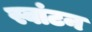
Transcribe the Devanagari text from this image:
स्वांटन